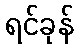
ရင်ခုန်